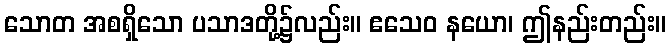
သောတ အစရှိသော ပသာဒတို့၌လည်း။ ဧသေဝ နယော၊ ဤနည်းတည်း။